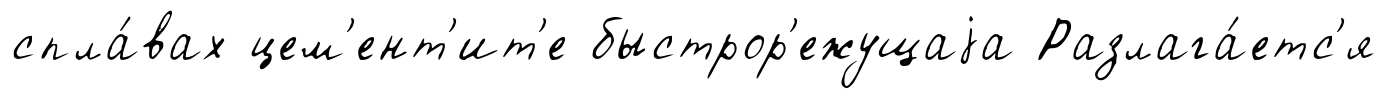
спла́вах цем'ент'ит'е быстрор'ежущаjа Разлага́етс'я